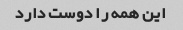
این همه را دوست دارد